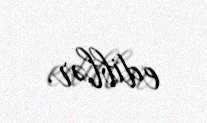
ediblər.